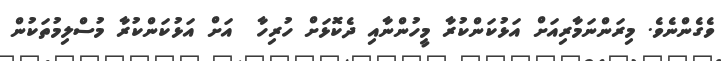
ވެގެންނެވެ. މިރަންނަމާރިއަށް އަޅުކަންކުރާ މީހުންނާއި ދެކޮޅަށް ހުރިހާ  އަށް އަޅުކަންކުރާ މުސްލިމުތަކުން